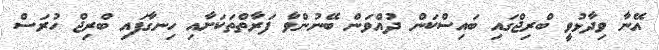
އޭނާ ވިދާޅުވީ ބްރިޖްގައި ބައިސްކަން ދުއްވަން ބޭނުންވާ ފަރާތްތަކަށާއި ހިނގާފައި ބްރިޖް ހުރަސް